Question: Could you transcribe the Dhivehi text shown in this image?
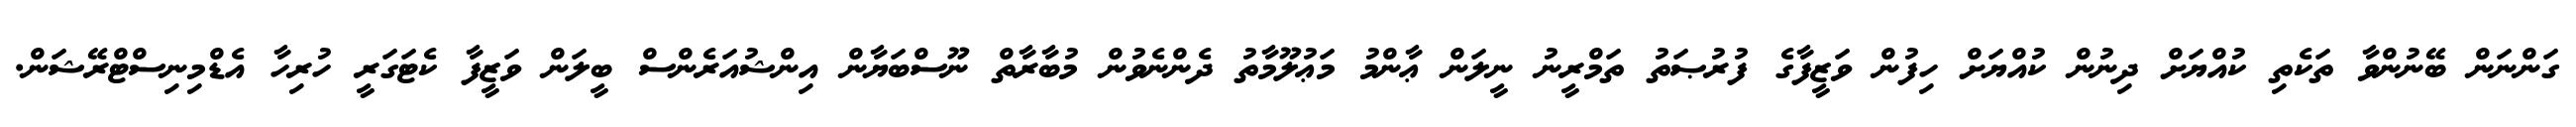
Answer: ގަންނަން ބޭނުންވާ ތަކެތި ކުއްޔަށް ދިނުން ކުއްޔަށް ހިފުން ވަޒީފާގެ ފުރުޞަތު ތަމްރީނު ނީލަން ޢާންމު މަޢުލޫމާތު ދެންނެވުން މުބާރާތް ނޫސްބަޔާން އިންޝުއަރެންސް ބީލަން ވަޒީފާ ކެޓަގަރީ ހުރިހާ އެޑްމިނިސްޓްރޭޝަން.